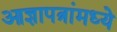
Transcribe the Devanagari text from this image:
आज्ञापत्रांमध्ये